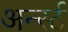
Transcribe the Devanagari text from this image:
अर्न्‍स्ट